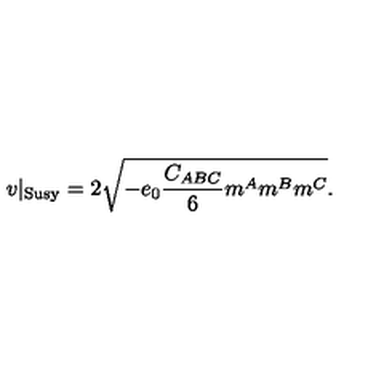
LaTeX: v | _ { \mathrm { S u s y } } = 2 \sqrt { - e _ { 0 } { \frac { C _ { A B C } } { 6 } } m ^ { A } m ^ { B } m ^ { C } } .